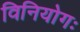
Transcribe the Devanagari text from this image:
विनियोगः